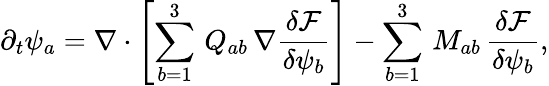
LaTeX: \partial_{t}\psi_{a}=\nabla\cdot\left[\sum_{b=1}^{3}\, Q_{ab}\, \nabla\frac{\delta\mathcal{F}}{\delta\psi_{b}}\right]-\sum_{b=1}^{3}\, M_{ab}\, \frac{\delta\mathcal{F}}{\delta\psi_{b}},